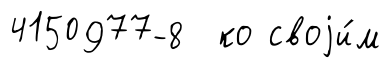
4150977-8 ко своjи́м